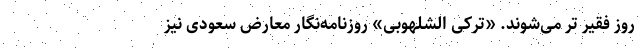
روز فقیر تر می‌شوند. «ترکی الشلهوبی» روزنامه‌نگار معارض سعودی نیز